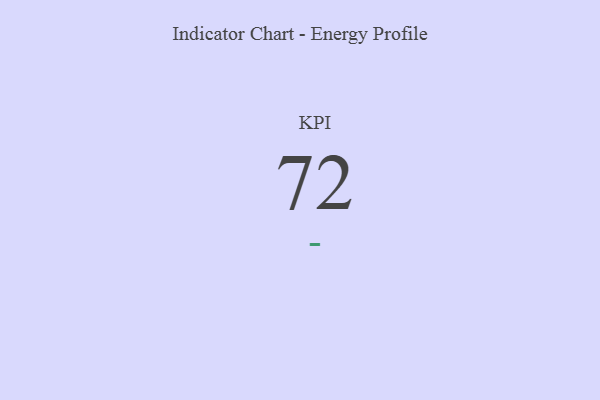
{"axis": {"x": "KPI", "y": "Value"}, "legend": [""], "data": [{"x": "KPI", "y": 72, "type": ""}]}